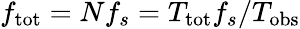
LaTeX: f_{\mathrm{tot}}=Nf_{s}=T_{\mathrm{tot}}f_{s}/T_{\mathrm{obs}}